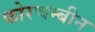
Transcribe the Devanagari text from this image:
फोरचम्बीन